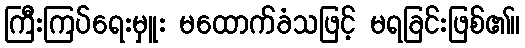
ကြီးကြပ်ရေးမှူး မထောက်ခံသဖြင့် မရခြင်းဖြစ်၏။